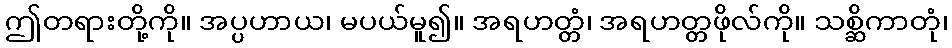
ဤတရားတို့ကို။ အပ္ပဟာယ၊ မပယ်မူ၍။ အရဟတ္တံ၊ အရဟတ္တဖိုလ်ကို။ သစ္ဆိကာတုံ၊